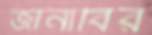
জানাবির